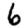
Digit: 6